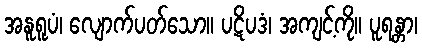
အနူရူပံ၊ လျောက်ပတ်သော။ ပဋိပဒံ၊ အကျင့်ကို။ ပူရန္တာ၊